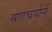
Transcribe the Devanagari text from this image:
साहचर्यानें